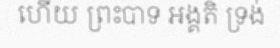
ហើយ ព្រះបាទ អង្គតិ ទ្រង់